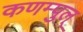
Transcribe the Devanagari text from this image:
कणम्पुल्